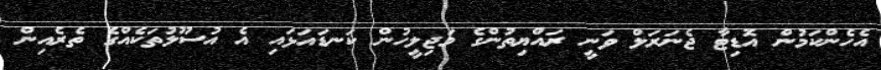
އެހެންކަމުން އޮޑިޓާ ޖެނަރަލް ވަނީ ރައްޔިތުންގެ މަޖިލީހުން ކަނޑައަޅައި އެ އުސޫލުތަކެއްގެ ތެރެއިން